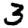
Digit: 3